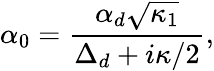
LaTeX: \alpha_{0}=\frac{\alpha_{d}\sqrt{\kappa_{1}}}{\Delta_{d}+i\kappa/2},